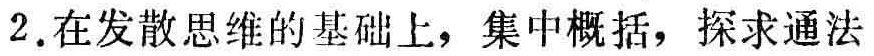
2.在发散思维的基础上，集中概括，探求通法